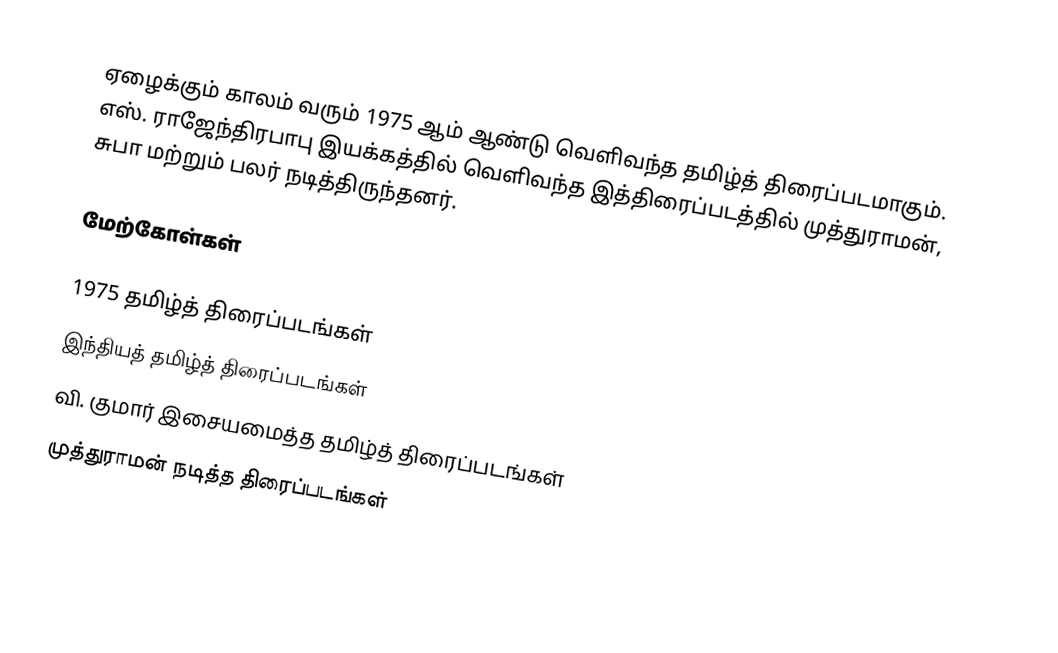
ஏழைக்கும் காலம் வரும் 1975 ஆம் ஆண்டு வெளிவந்த தமிழ்த் திரைப்படமாகும். எஸ். ராஜேந்திரபாபு இயக்கத்தில் வெளிவந்த இத்திரைப்படத்தில் முத்துராமன், சுபா மற்றும் பலர் நடித்திருந்தனர்.

மேற்கோள்கள்

1975 தமிழ்த் திரைப்படங்கள்
இந்தியத் தமிழ்த் திரைப்படங்கள்
வி. குமார் இசையமைத்த தமிழ்த் திரைப்படங்கள்
முத்துராமன் நடித்த திரைப்படங்கள்